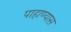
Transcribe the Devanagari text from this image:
पाहाण्यास